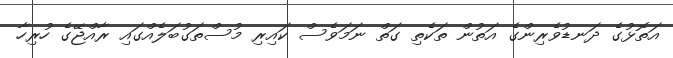
އަތޮޅުގެ ދަނޑުވެރިންގެ އަތުން ތަކެތި ގަތް ނަމަވެސް ކައިރި މުސްތަގުބަލެއްގައި ރާއްޖޭގެ ހުރިހާ